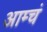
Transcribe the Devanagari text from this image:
आम्चं